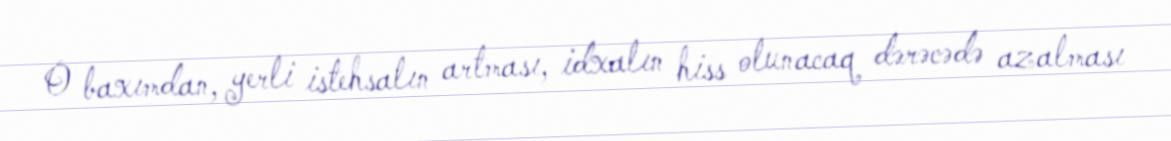
O baxımdan, yerli istehsalın artması, idxalın hiss olunacaq dərəcədə azalması